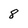
Character: 8